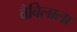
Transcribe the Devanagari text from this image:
वैविलाला